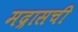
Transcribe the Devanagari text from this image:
मद्रासची